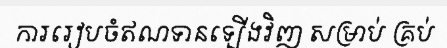
ការរៀបចំឥណទានទ្បើងវិញ សម្រាប់ គ្រប់